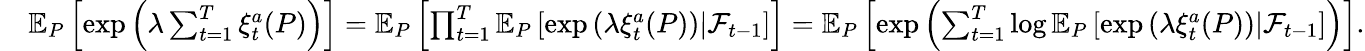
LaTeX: \begin{array}{rl}&{\mathbb{E}_{P}\left[\exp\left(\lambda\sum_{t=1}^{T}\xi_{t}^{a}(P)\right)\right]=\mathbb{E}_{P}\left[\prod_{t=1}^{T}\mathbb{E}_{P}\left[\exp\left(\lambda\xi_{t}^{a}(P)\right)|\mathcal{F}_{t-1}\right]\right]=\mathbb{E}_{P}\left[\exp\left(\sum_{t=1}^{T}\log\mathbb{E}_{P}\left[\exp\left(\lambda\xi_{t}^{a}(P)\right)|\mathcal{F}_{t-1}\right]\right)\right].}\end{array}